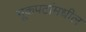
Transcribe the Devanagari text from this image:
मूकपटांमधील